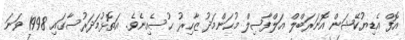
އޮފް އެޑިޔުކޭޝަން އޮނަރަބްލް އަލްފާޟިލް މުޙަންމަދު ޒާހިރު ޙުސެއިނެވެ. އަތޮޅުމަދަރުސާގައި 1998 ވަނަ